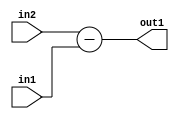
`timescale 1ps / 1ps
/*****************************************************************************
    Verilog RTL Description
    
    
    Created by: Stratus DpOpt 2019.1.01 
*******************************************************************************/

module st_feature_addr_gen_Sub_16Ux8U_17S_4_0 (
	in2,
	in1,
	out1
	); /* architecture "behavioural" */ 
input [15:0] in2;
input [7:0] in1;
output [16:0] out1;
wire [16:0] asc001;

assign asc001 = 
	+(in2)
	-(in1);

assign out1 = asc001;
endmodule

/* CADENCE  ubLzSw0= : u9/ySgnWtBlWxVPRXgAZ4Og= ** DO NOT EDIT THIS LINE ******/